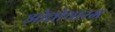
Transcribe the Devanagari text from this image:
ओत्तोथारम